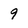
Character: 9